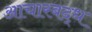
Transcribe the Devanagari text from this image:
आचारबद्ध